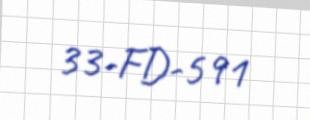
33-FD-591